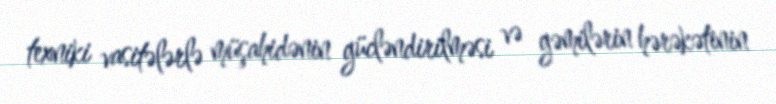
texniki vasitələrlə müşahidənin gücləndirilməsi və gəmilərin hərəkətinin